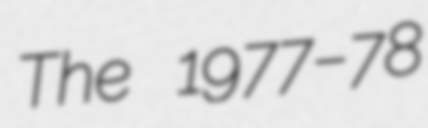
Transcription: The 1977–78